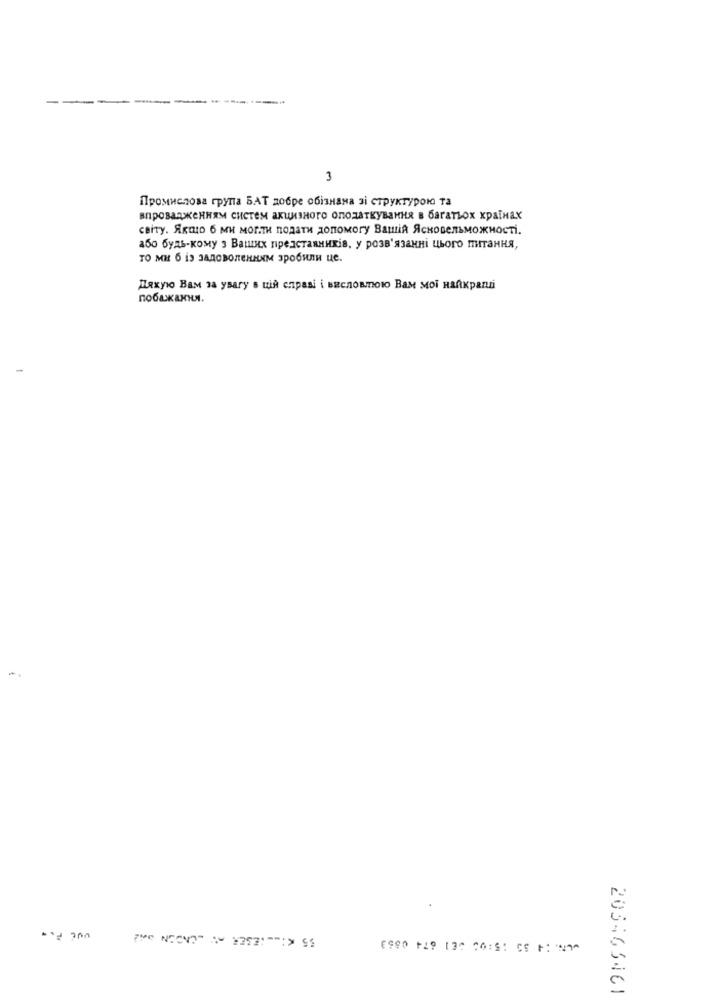
3
Промислова група БАТ добре обознана зі структурою та
впрозаджениям систем акцизного оподаткувания в багатьох крайнах
сайту. Якщо б ми могли подати допомогу Вашй Ясновельможності.
або будь-кому з Ваших представників, у розв’язанні цього питания,
то ми б іэ задоволенним зробили це.
Maxyo Bam sa ysary's til enpasi i Buenosmoto Base Moi HaAkpanni
побажания.
1980 119 13 56:51 6 11212
203463461